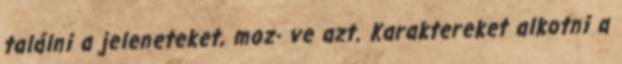
találni a jeleneteket, moz- ve azt. Karaktereket alkotni a